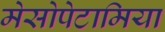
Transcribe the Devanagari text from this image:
मेसोपेटामिया